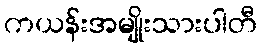
ကယန်းအမျိုးသားပါတီ